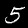
Digit: 5